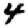
Digit: 4